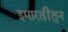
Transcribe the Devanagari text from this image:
इमारतींतुन